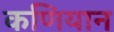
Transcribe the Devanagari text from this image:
कणियान